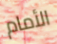
الأمام